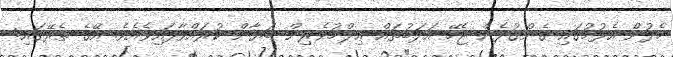
ހެދުން އެޅުމުގައި ގެންގުޅެން ޖެހޭ އަދަބުތައް ޢިލްމުވެރިން ބަޔާން ކުރައްވާފައިވެއެވެ. އޭގެ ތެރޭގައި: